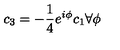
c _ { 3 } = - \frac { 1 } { 4 } e ^ { i \phi } c _ { 1 } \forall \phi